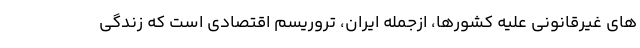
های غیرقانونی علیه کشورها، ازجمله ایران، تروریسم اقتصادی است که زندگی